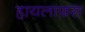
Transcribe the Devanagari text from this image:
हायलाफ़स